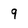
Character: q